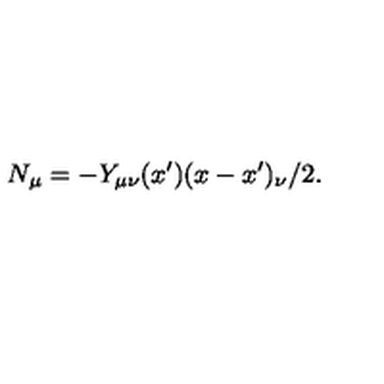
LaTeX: N _ { \mu } = - Y _ { \mu \nu } ( x ^ { \prime } ) ( x - x ^ { \prime } ) _ { \nu } / 2 .